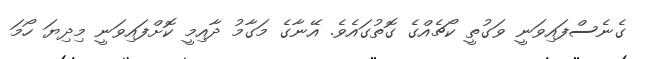
ގެނެސްފައިވަނީ ވަގުތީ ކޯޗެއްގެ ގޮތުގައެވެ. އޭނާގެ މަގާމު ދާއިމީ ކޮށްފައިވަނީ މިދިޔަ ހޯމަ